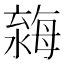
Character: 𣼿